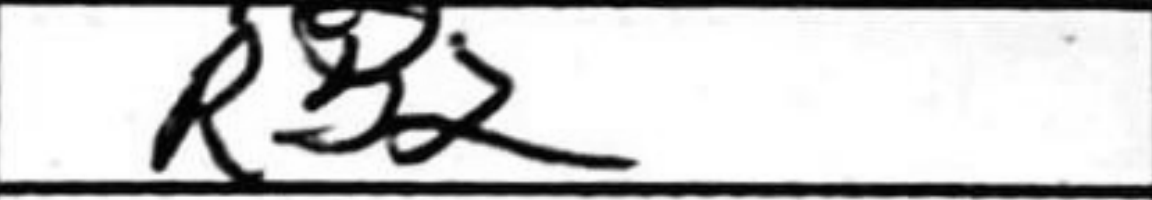
Transcription: Rb2